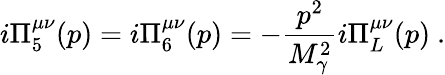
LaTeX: i\Pi_{5}^{\mu\nu}(p)=i\Pi_{6}^{\mu\nu}(p)=-\frac{p^{2}}{M_{\gamma}^{2}}i\Pi_{L}^{\mu\nu}(p)\ .